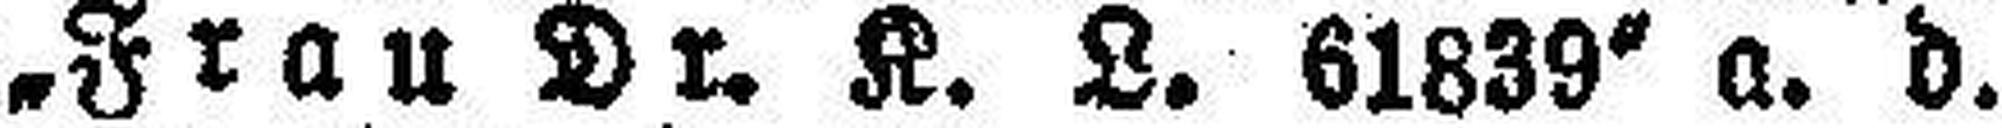
„Frau Dr. K. L. 61839“ a. d.